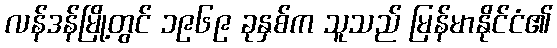
လန်ဒန်မြို့တွင် ၁၉၆၉ ခုနှစ်က သူသည် မြန်မာနိုင်ငံ၏